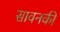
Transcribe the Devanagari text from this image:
सावनकी